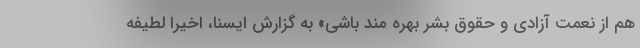
هم از نعمت آزادی و حقوق بشر بهره مند باشی» به گزارش ایسنا، اخیرا لطیفه